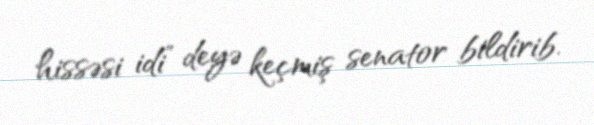
hissəsi idi” deyə keçmiş senator bildirib.